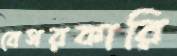
বেসরকারি